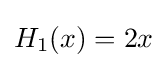
H_{1}(x)=2x